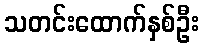
သတင်းထောက်နှစ်ဦး